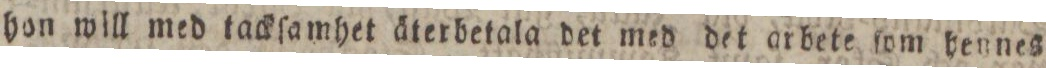
hon will med tackſamhet äterbetala det med det arbete ſom hennes